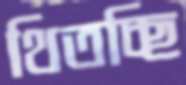
থিতচ্ছি